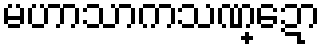
မဟာသာကသဏ္ဍော